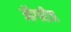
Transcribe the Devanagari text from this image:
ऑगरीज